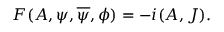
F ( A , \psi , \overline { { \psi } } , \phi ) = - i ( A , { \cal J } ) .